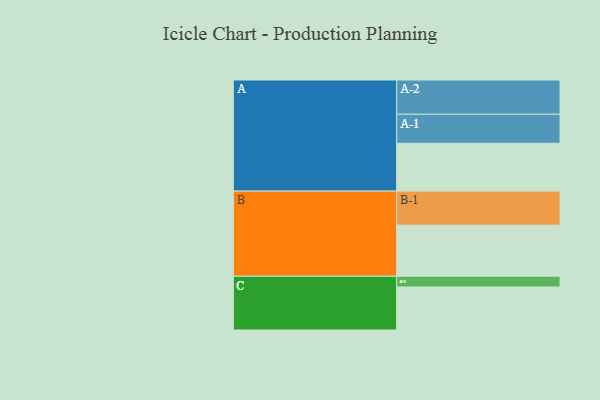
{"axis": {"x": "Segment", "y": "Value"}, "legend": ["", "A", "B", "C"], "data": [{"x": "A", "y": 387, "type": ""}, {"x": "B", "y": 413, "type": ""}, {"x": "C", "y": 348, "type": ""}, {"x": "A-1", "y": 235, "type": "A"}, {"x": "A-2", "y": 277, "type": "A"}, {"x": "B-1", "y": 276, "type": "B"}, {"x": "C-1", "y": 87, "type": "C"}]}